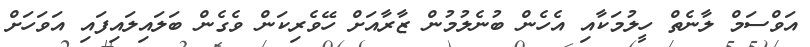
އަވްސަމް ލާނެތް ހީލުމަކާއި އެހެން ބުނެލުމުން ޒާރާއަށް ހޭވެރިކަން ވެގެން ބަލައިލައިފައި އަވަހަށް